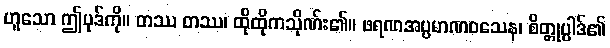
ဟူသော ဤပုဒ်ကို။ တဿ တဿ၊ ထိုထိုကသိုဏ်း၏။ ဖရဏအပ္ပမာဏဝသေန၊ စိတ္တုပ္ပါဒ်၏